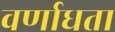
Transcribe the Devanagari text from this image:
वर्णाधता